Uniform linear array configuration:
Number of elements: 4
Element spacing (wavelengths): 0.5
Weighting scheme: blackman
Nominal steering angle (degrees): -15
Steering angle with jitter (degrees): -16.015
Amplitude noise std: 0.05
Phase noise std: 0.05

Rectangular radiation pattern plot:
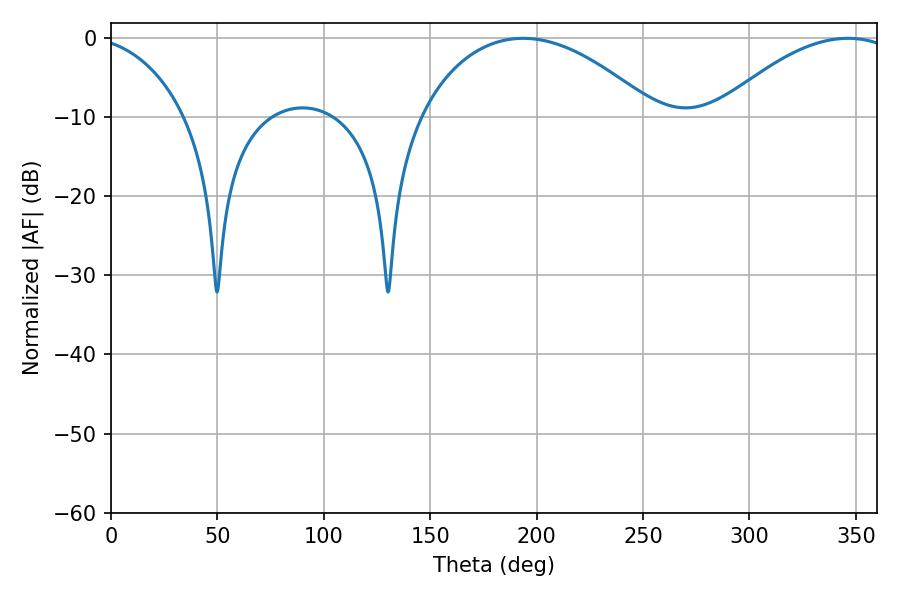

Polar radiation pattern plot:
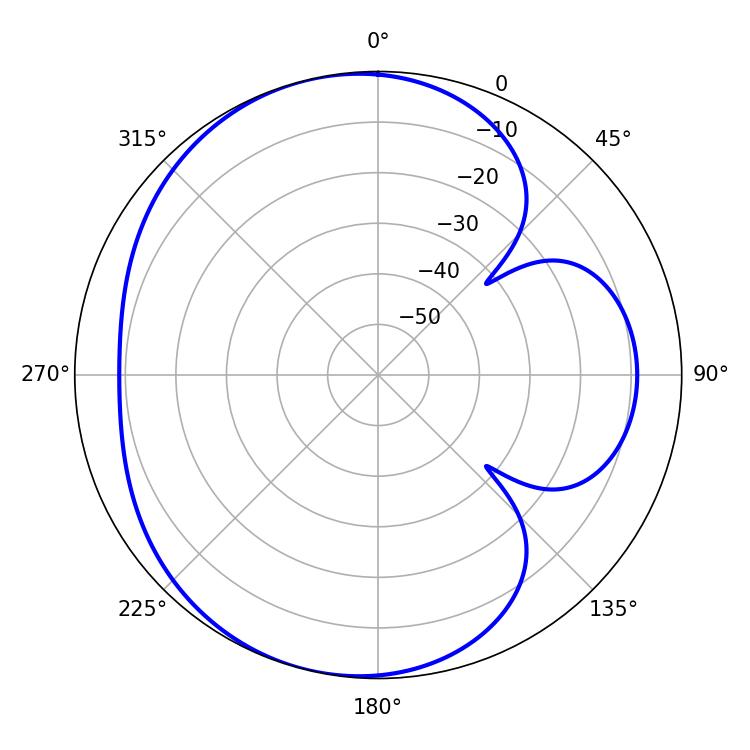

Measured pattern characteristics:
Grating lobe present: FALSE
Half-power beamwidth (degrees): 62.64
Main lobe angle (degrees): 193.68